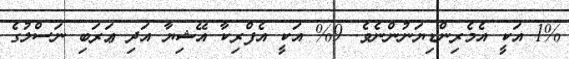
1% އަކީ އެމެރިންޑިޔަނުންނެވެ. 9% އަކީ އެފްރިކާ އޭޝިޔާ އަދި ޢަރަބި ނަސްލުގެ